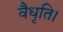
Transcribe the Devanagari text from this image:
वैधृति।